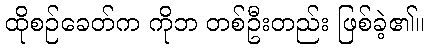
ထိုစဉ်ခေတ်က ကိုဘ တစ်ဦးတည်း ဖြစ်ခဲ့၏။